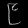
Digit: ၉